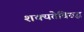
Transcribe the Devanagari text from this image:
शक्यतेविरुद्ध